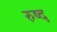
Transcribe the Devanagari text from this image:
रुष्द